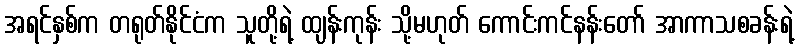
အရင်နှစ်က တရုတ်နိုင်ငံက သူတို့ရဲ့ ထျန်းကုန်း သို့မဟုတ် ကောင်းကင်နန်းတော် အာကာသစခန်းရဲ့